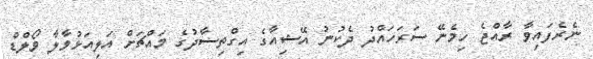
ނެރެފައިވާ ރާއްޖެ ހިމެނޭ ސަރަހައްދު ދެކުނު އޭޝިއާގެ އިގްތިސާދުގެ މައްޗަށް އަލިއަޅުވާލާ ވޯލްޑް